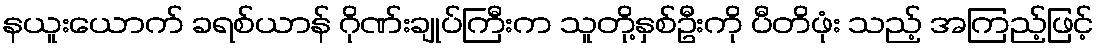
နယူးယောက် ခရစ်ယာန် ဂိုဏ်းချုပ်ကြီးက သူတို့နှစ်ဦးကို ပီတိဖုံး သည့် အကြည့်ဖြင့်